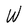
Character: W